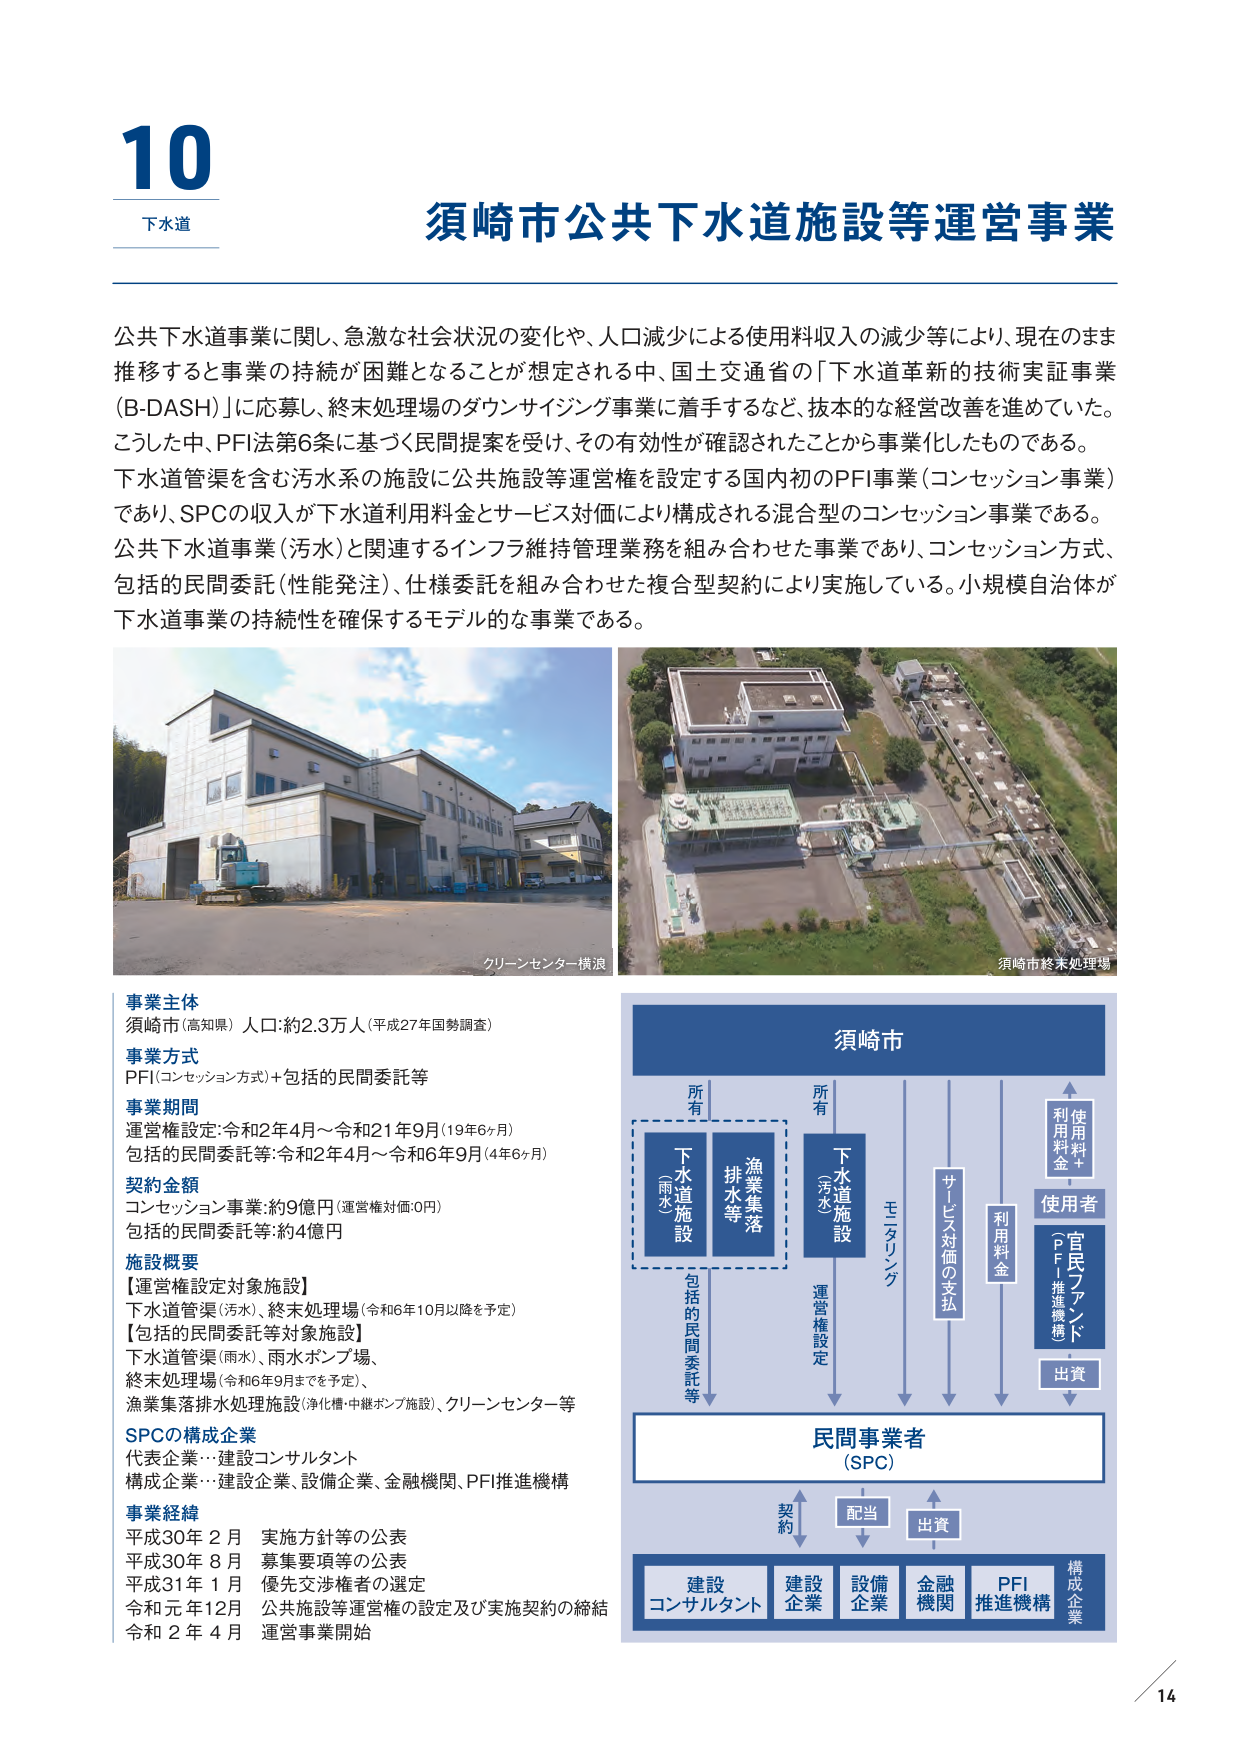
10
下水道
須崎市公共下水道施設等運営事業

公共下水道事業に関し、急激な社会状況の変化や、人口減少による使用料収入の減少等により、現在のまま推移すると事業の持続が困難となることが想定される中、国土交通省の「下水道革新的技術実証事業（B-DASH）」に応募し、終末処理場のダウンサイジング事業に着手するなど、抜本的な経営改善を進めていた。
こうした中、PFI法第6条に基づく民間提案を受け、その有効性が確認されたことから事業化したものである。
下水道管渠を含む汚水系の施設に公共施設等運営権を設定する国内初のPFI事業（コンセッション事業）であり、SPCの収入が下水道利用料金とサービス対価により構成される混合型のコンセッション事業である。
公共下水道事業（汚水）と関連するインフラ維持管理業務を組み合わせた事業であり、コンセッション方式、包括的民間委託（性能発注）、仕様委託を組み合わせた複合型契約により実施している。小規模自治体が下水道事業の持続性を確保するモデル的な事業である。

クリーンセンター横浪
須崎市終末処理場

事業主体
須崎市（高知県） 人口：約2.3万人（平成27年国勢調査）

事業方式
PFI（コンセッション方式）＋包括的民間委託等

事業期間
運営権設定：令和2年4月～令和21年9月（19年6ヶ月）
包括的民間委託等：令和2年4月～令和6年9月（4年6ヶ月）

契約金額
コンセッション事業：約9億円（運営権対価：0円）
包括的民間委託等：約4億円

施設概要
【運営権設定対象施設】
下水道管渠（汚水）、終末処理場（令和6年10月以降を予定）
【包括的民間委託等対象施設】
下水道管渠（雨水）、雨水ポンプ場、
終末処理場（令和6年9月までを予定）、
漁業集落排水処理施設（浄化槽・中継ポンプ施設）、クリーンセンター等

SPCの構成企業
代表企業：建設コンサルタント
構成企業：建設企業、設備企業、金融機関、PFI推進機構

事業経緯
平成30年 2月 実施方針等の公表
平成30年 8月 募集要項等の公表
平成31年 1月 優先交渉権者の選定
令和元年12月 公共施設等運営権の設定及び実施契約の締結
令和 2年 4月 運営事業開始

須崎市
所有
下水道施設（雨水）
漁業集落排水等
包括的民間委託等
所有
下水道施設（汚水）
運営権設定
モニタリング
サービス対価の支払
利用料金
使用者
使用料金＋利用料金
官民ファンド（PFI推進機構）
出資
民間事業者（SPC）
契約
配当
出資
建設コンサルタント
建設企業
設備企業
金融機関
PFI推進機構
構成企業

14